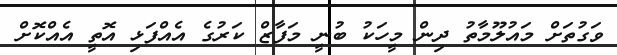
ވަގުތަށް މައުލޫމާތު ދިން މީހަކު ބުނީ މަފާޒް ކަރުގެ އެއްފަޅި އޮތީ އެއްކޮށް